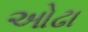
ઓઢા